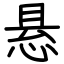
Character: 悬